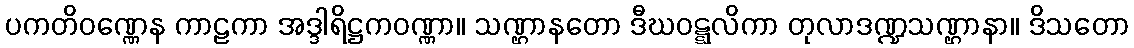
ပကတိဝဏ္ဏေန ကာဠကာ အဒ္ဒါရိဋ္ဌကဝဏ္ဏာ။ သဏ္ဌာနတော ဒီဃဝဋ္ဋလိကာ တုလာဒဏ္ဍသဏ္ဌာနာ။ ဒိသတော